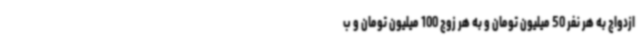
ازدواج به هر نفر 50 میلیون تومان و به هر زوج 100 میلیون تومان و ب